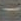
-